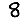
Digit: 8